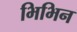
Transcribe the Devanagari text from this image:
भिभिन